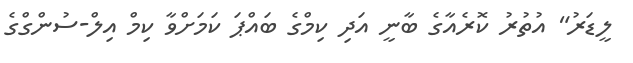
ލީޑަރު" އުތުރު ކޮރެއާގެ ބާނީ އަދި ކިމްގެ ބައްޕަ ކަމަށްވާ ކިމް އިލް-ސުންގްގެ